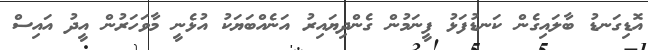
އޮޑިގަނޑު ބާލައިގެން ކަނޑުފަޅު ފީނަމުން ގެންދިޔައިރު އަނެއްބަޔަކު އުޅެނީ މާވަހަރުން އީދު އައިސް